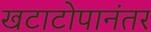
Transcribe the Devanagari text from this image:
खटाटोपानंतर